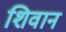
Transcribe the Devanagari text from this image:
शिवान